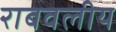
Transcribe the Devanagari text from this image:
राबवलीय